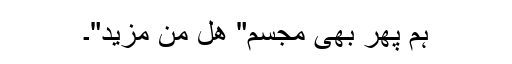
ہم پھر بھی مجسم" ھل من مزید"۔